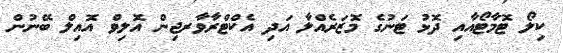
ކިލޯ ޓޮމާޓޯއާއި ދޮޅު ޓަނުގެ މޮޒަރެއްލާ އަދި އެކްޓްރާވާރޖިން އޮލިވް އޮއިލް ބޭނުން